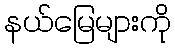
နယ်မြေများကို